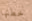
خطتها